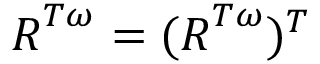
\boldsymbol { R } ^ { T \omega } = ( \boldsymbol { R } ^ { T \omega } ) ^ { T }